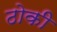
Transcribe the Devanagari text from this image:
ठोकी